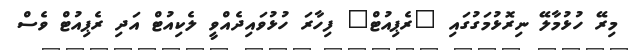
މިރޭ ހުޅުމާލޭ ނިރޮޅުމަގުގައި "ރެޕިއުޓް" ފިހާރަ ހުޅުވައިދެއްވީ ލެކިއުޓް އަދި ރެޕިއުޓް ވެސް